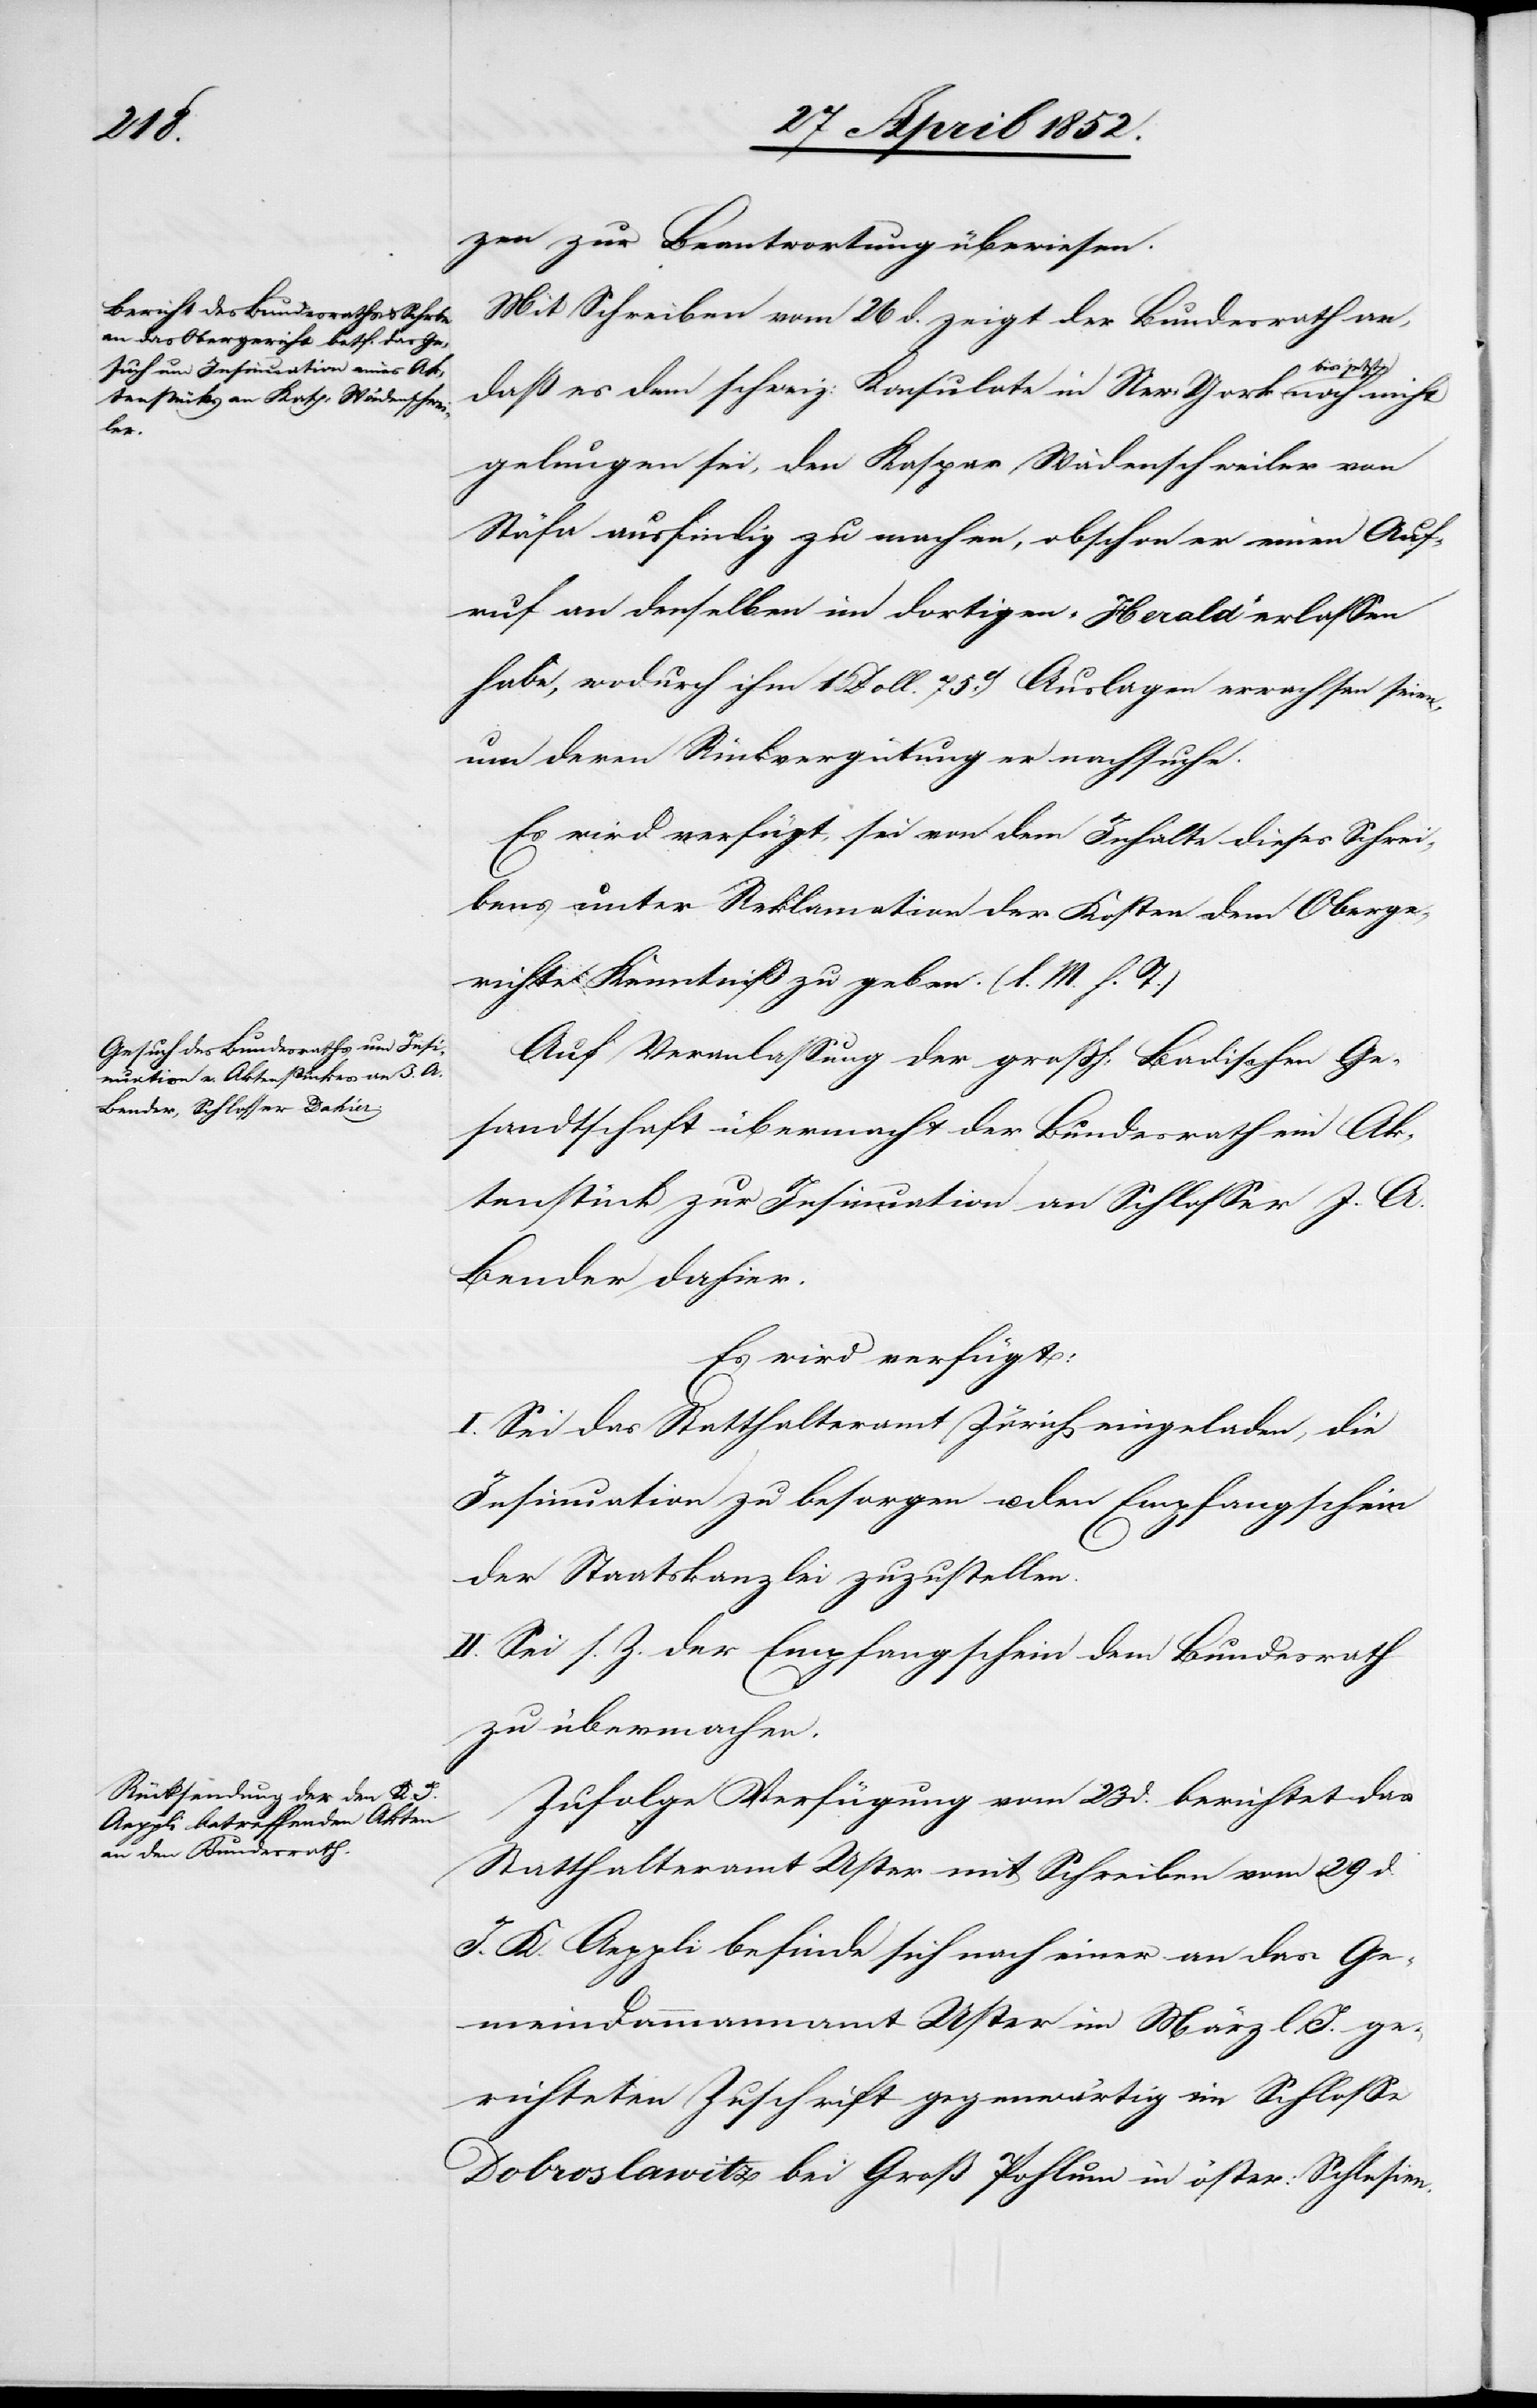
1852.]

zen zur Beantwortung übe[r]wiesen.
Mit Schreiben vom 26 d. zeigt der Bundesrath an,
daß es dem schweiz: Konsulate in New-York bis jetzt noch
gelungen sei, den Kaspar Wädenschweiler von
Stäfa ausfindig zu machen, obschon er einen Auf¬
ruf an denselben im dortigen „Herald“ erlassen
habe, wodurch ihm 1 Doll. 75ct. Auslagen erwachsen seien,
um deren Rückvergütung er nachsuche.
Es wird verfügt, sei von dem Inhalte dieses Schrei¬
bens unter Reklamation der Kosten dem Oberge¬
richte Kenntniß zu geben. (l. M. h. T.)
Auf Veranlassung der grossh: Badischen Ge¬
sandtschaft übermacht der Bundesrath ein Ak¬
tenstück zur Insinuation an Schlosser J. A.
Bender dahier.
Es wird verfügt:
I. Sei das Statthalteramt Zürich eingeladen, die
Insinuation zu besorgen u. den Empfangschein
der Staatskanzlei zuzustellen.
II. Sei s. Z. der Empfangschein dem Bundesrath
zu übermachen.
Zufolge Verfügung vom 23 d. berichtet das
Statthalteramt Uster mit Schreiben vom 29 d.
J. K. Aeppli befinde sich nach einer an das Ge¬
meindammannamt Uster im März l. J. ge¬
richteten Zuschrift gegenwärtig im Schlosse
Dobroslawitz bei Groß Pohlum in öster: Schlesien.